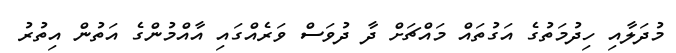
މުދަލާއި ހިދުމަތުގެ އަގުތައް މައްޗަށް ދާ ދުވަސް ވަރެއްގައި އާއްމުންގެ އަތުން އިތުރު